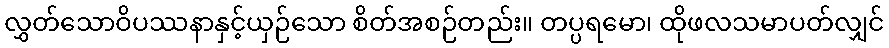
လွှတ်သောဝိပဿနာနှင့်ယှဉ်သော စိတ်အစဉ်တည်း။ တပ္ပရမော၊ ထိုဖလသမာပတ်လျှင်